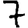
Digit: 7